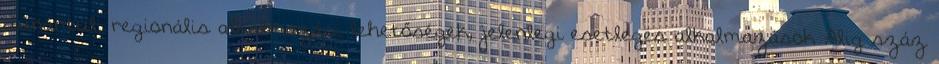
dunántúli regionális alkalmazási lehetőségek, jelenlegi esetleges alkalmazások Alig száz